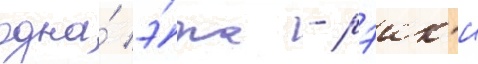
одна́ э́ра - рэик'и